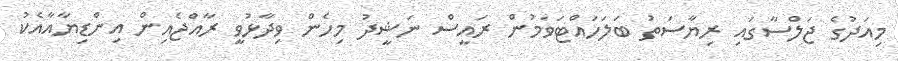
މިއަދުގެ ޖަލްސާގައި ރިޔާސަތު ބަލަހައްޓަވަމުން ރައީސް ނަޝީދު މިހެން ވިދާޅުވީ ރާއްޖެއިން އިންޑިޔާއާއެކު